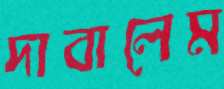
দাবালেম